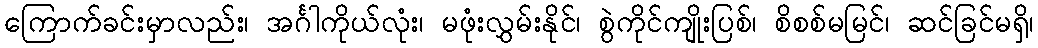
ကြောက်ခင်းမှာလည်း၊ အင်္ဂါကိုယ်လုံး၊ မဖုံးလွှမ်းနိုင်၊ စွဲကိုင်ကျိုးပြစ်၊ စိစစ်မမြင်၊ ဆင်ခြင်မရှိ၊